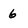
Character: 6